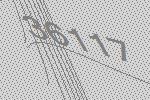
36117